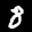
Label: 8